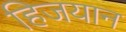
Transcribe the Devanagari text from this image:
हिजयान